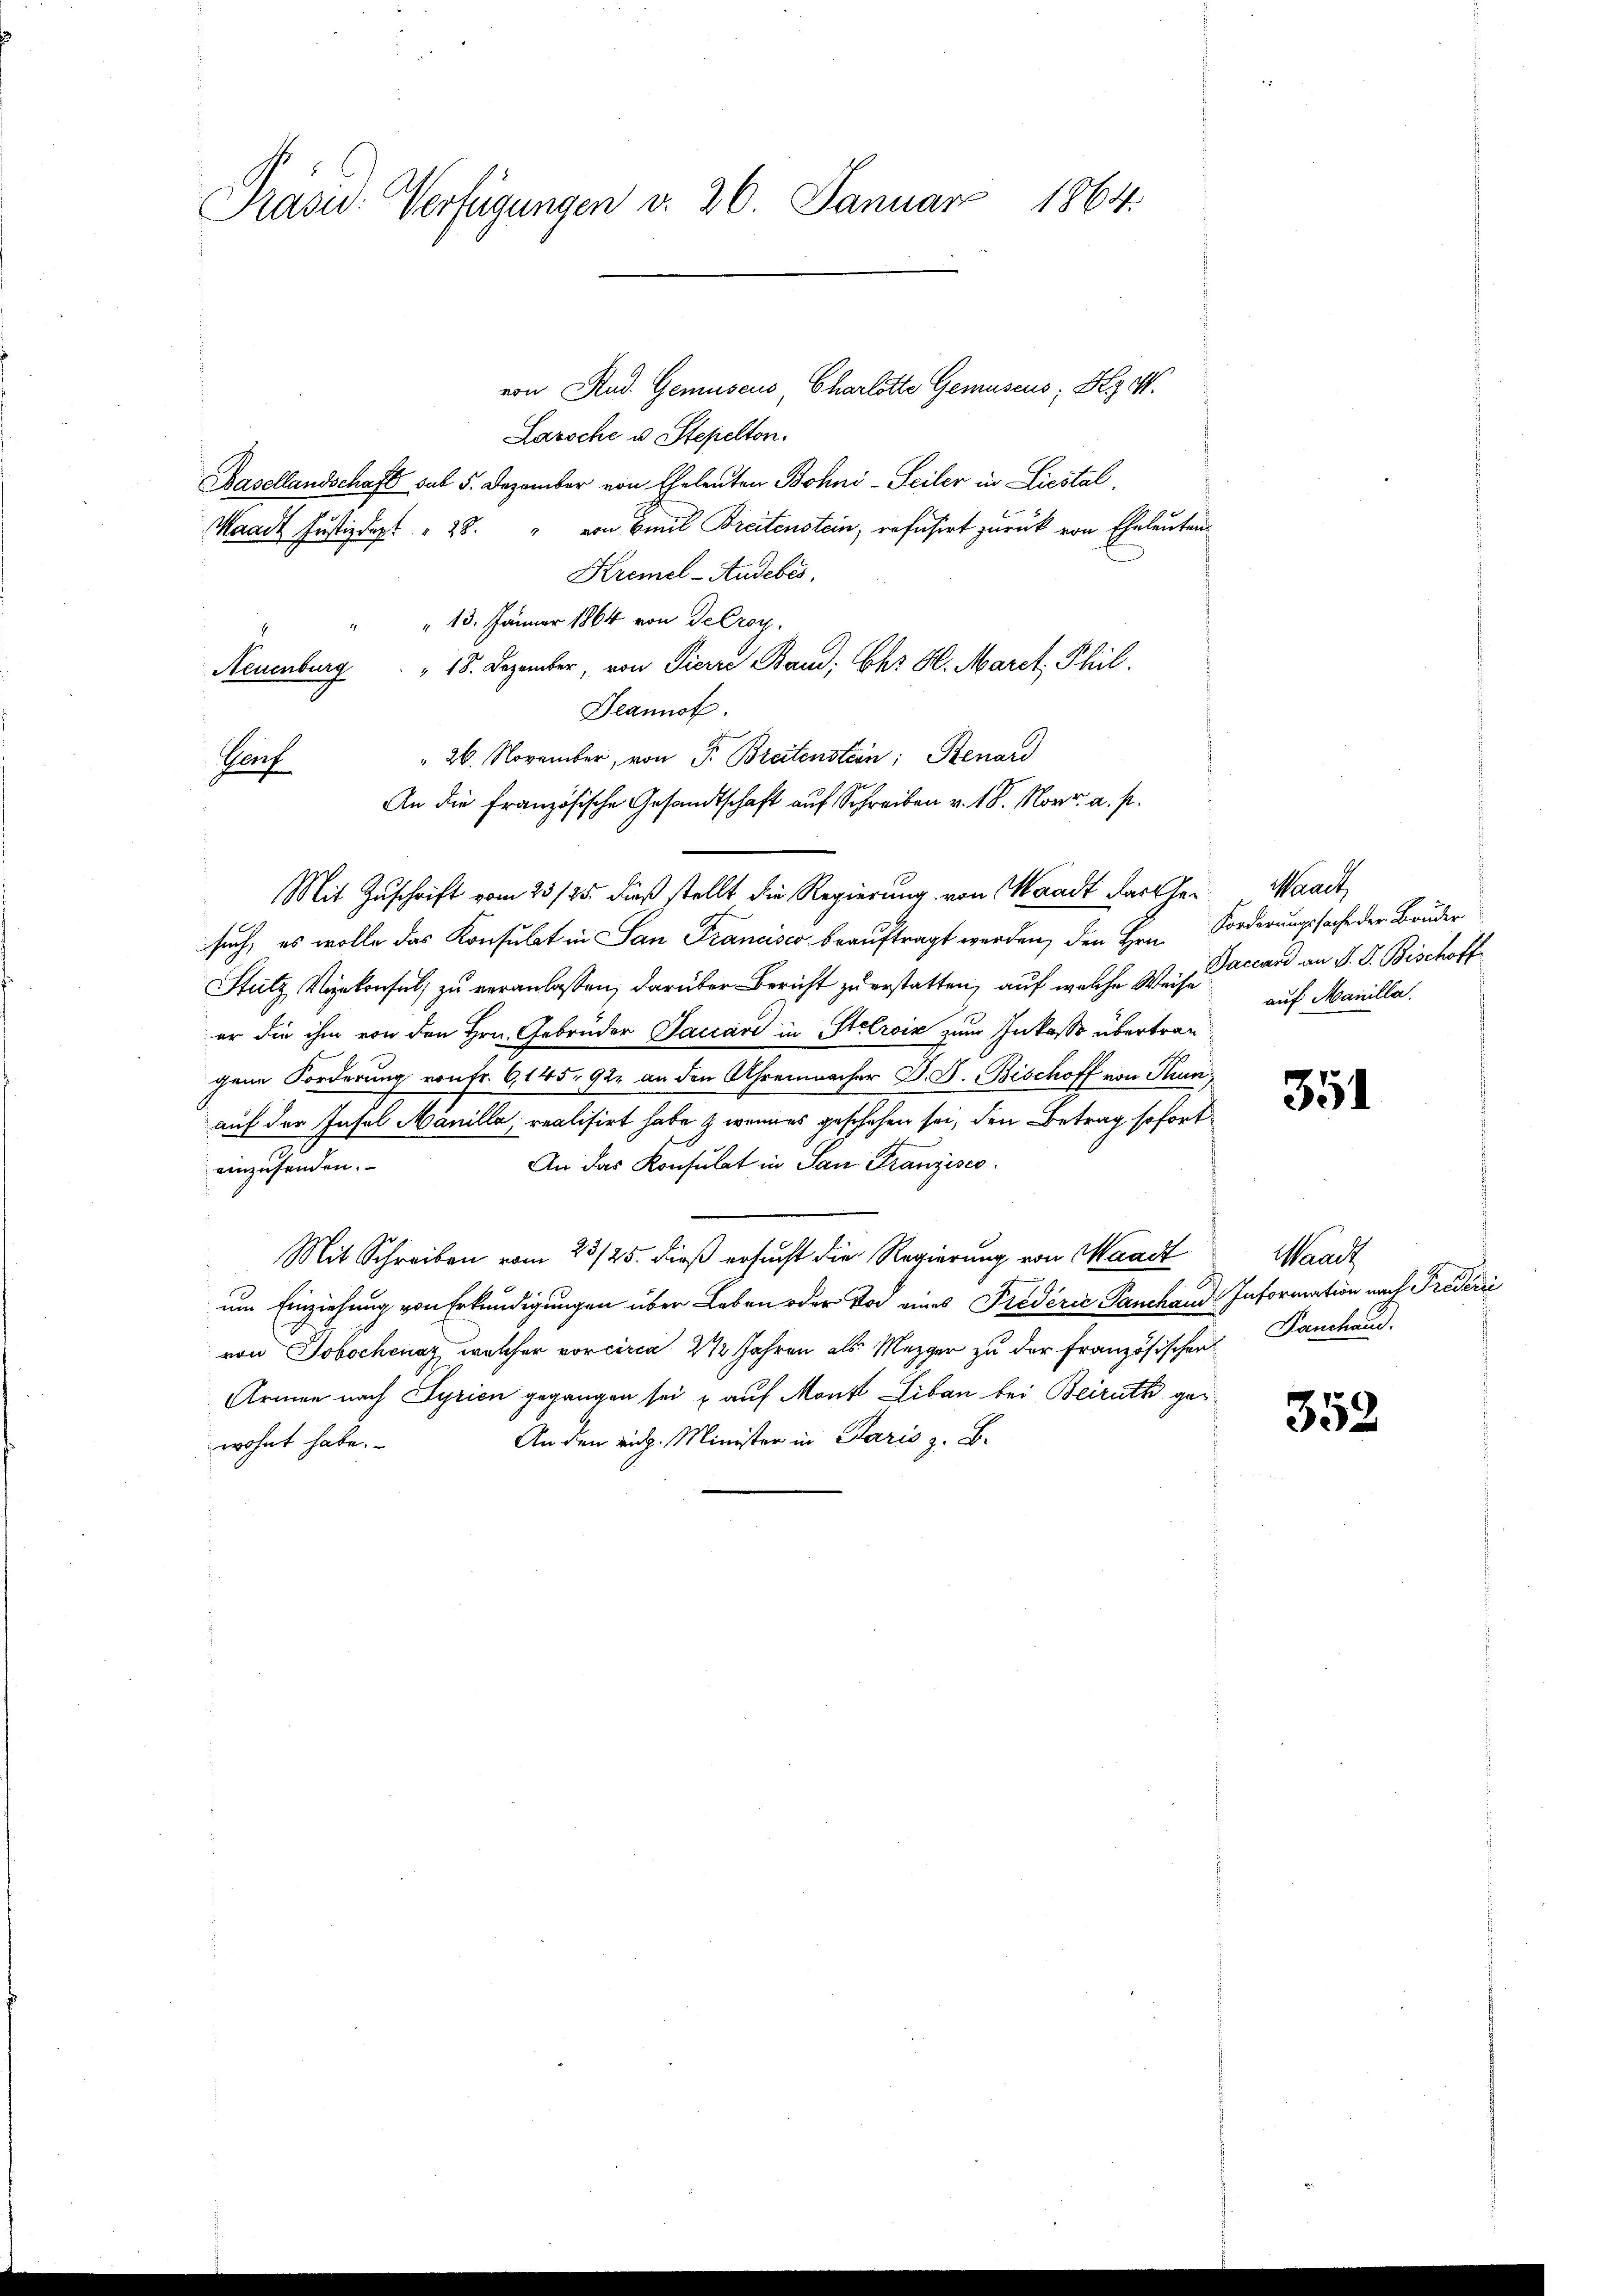
Präsid. Verfügungen v. 26. Januar 1864.

von Stud. Gemüseus, Charlotte Gemüseus; Hyet.
Laroche u. Stepelton.
Basellandschaft sub 5. Dezember von Eheleuten Bohni-Seiler in Liestal
Waadt Justizdept. " 28. " von Emil Breitenstein, refusirt zurück von Eheleuten
Kremel-Audebes,
" " 13. Jänner 1864 von Secroy.
Neuenburg . " 18. Dezember, von Pierre Band, Ehr H. Marck, Phil.
Deannst.
 26. November, von J. Breitenstein: Benard
Bauf
An die französische Gesandtschaft auf Schreiben v. 18. Nov. a. s.
Mit Zuschrift vom 23/25. dieß stellt die Regierung von Waadt das Ge- Waadt,
such, es wolle das Konsulat in San Francisco beauftragt werden, den Hrn. Forderungssache der Bruder
Stutz Vizekonsul zu veranlassen, darüber Bericht zu erstatten, auf welche Weise auf Manille.
er die ihm von den Hrn. Gebrüder Saccard in Stelroix zum Inkasse übertraggene Forderung von fr. 6, 145, 92, an den Uhrenmacher D. S. Bischoff von Thunauf der Insel Manille, realisirt habe zweines geschehen sei, den Betrag sofort
t
An das Konsulat in San Franzisco
einzusenden.
Mit Schreiben vom 23/25. dieß ersucht die Regierung von Waadt
um Einziehung von Erkundigungen über Leben oder Vor eines Predérić Panchand Information nach Triderić
von Jobochenaz, welcher vor circa 2 ½ Jahren als Mezger zu der Französischen Panchand
Armen nach Syrien gegangen sei u auf Monk Liban bei Beirath ge¬
An den eidg. Minister in Paris z. B.
wohnt habe.

Daccan an J. J. Bischoff

351

Maach

352